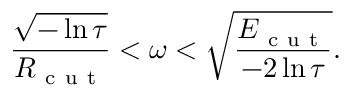
\frac { \sqrt { - \ln { \tau } } } { R _ { \mathrm { ~ c ~ u ~ t ~ } } } < \omega < \sqrt { \frac { E _ { \mathrm { ~ c ~ u ~ t ~ } } } { - 2 \ln { \tau } } } .